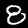
Label: 8